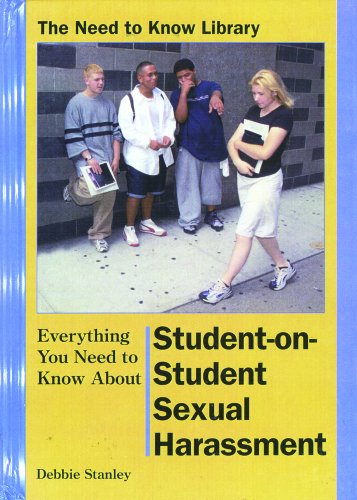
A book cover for Everything You Need to Know About Student-On-Student Sexual Harassment (Need to Know Library); Debbie Stanley; Teen & Young Adult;